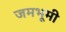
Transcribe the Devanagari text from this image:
जमभूमी